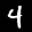
Label: 4